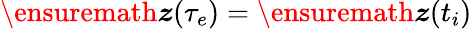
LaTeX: \ensuremath{\boldsymbol{z}}(\tau_{e})=\ensuremath{\boldsymbol{z}}(t_{i})